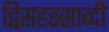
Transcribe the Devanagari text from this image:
द्विसहस्स्राब्दी